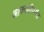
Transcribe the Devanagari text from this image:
आकाशीपर्यंत